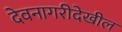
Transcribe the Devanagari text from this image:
देवनागरीदेखील